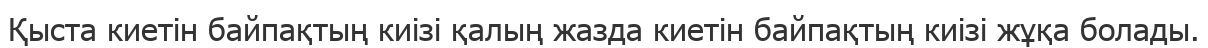
Қыста киетін байпақтың киізі қалың жазда киетін байпақтың киізі жұқа болады.